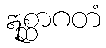
ဣစ္ဆာဂတံ